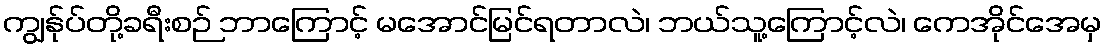
ကျွန်ုပ်တို့ခရီးစဉ် ဘာကြောင့် မအောင်မြင်ရတာလဲ၊ ဘယ်သူ့ကြောင့်လဲ၊ ကေအိုင်အေမှ